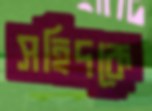
সহিদকে